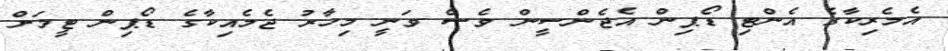
އެމެރިކާގެ އެންޓި ޑޯޕިން އެޖެންސީން ވެސް ވަނީ މިހާރު ޖެމެއިކާގެ ޑޯޕިން ޓީމަށް